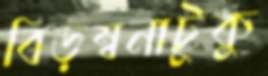
বিড়ম্বনাটুকু